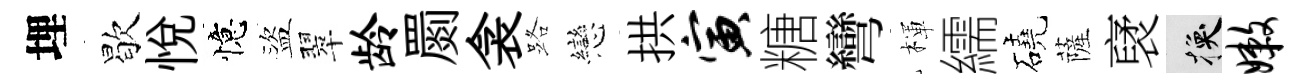
埋歇悦憶盜翠龄罽衾路戀拱寅糖彎楎繻磽薩裦换嫩